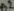
Text: A2